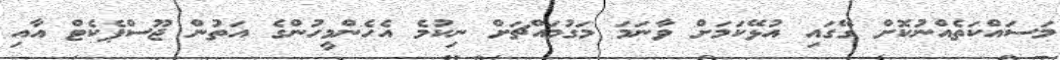
މަސައްކަތެއްނުކޮށް ގޭގައި އުޅޭކަމަށް ވާނަމަ މަގުމައްޗަށް ނިކުމެ އެހެންމީހުންގެ އަތުން ޖޫސްޕެކެޓް އާއި